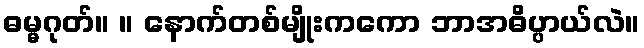
ဓမ္မဂုတ်။ ။ နောက်တစ်မျိုးကကော ဘာအဓိပ္ပာယ်လဲ။